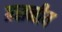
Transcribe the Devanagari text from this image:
ग्रसनीय